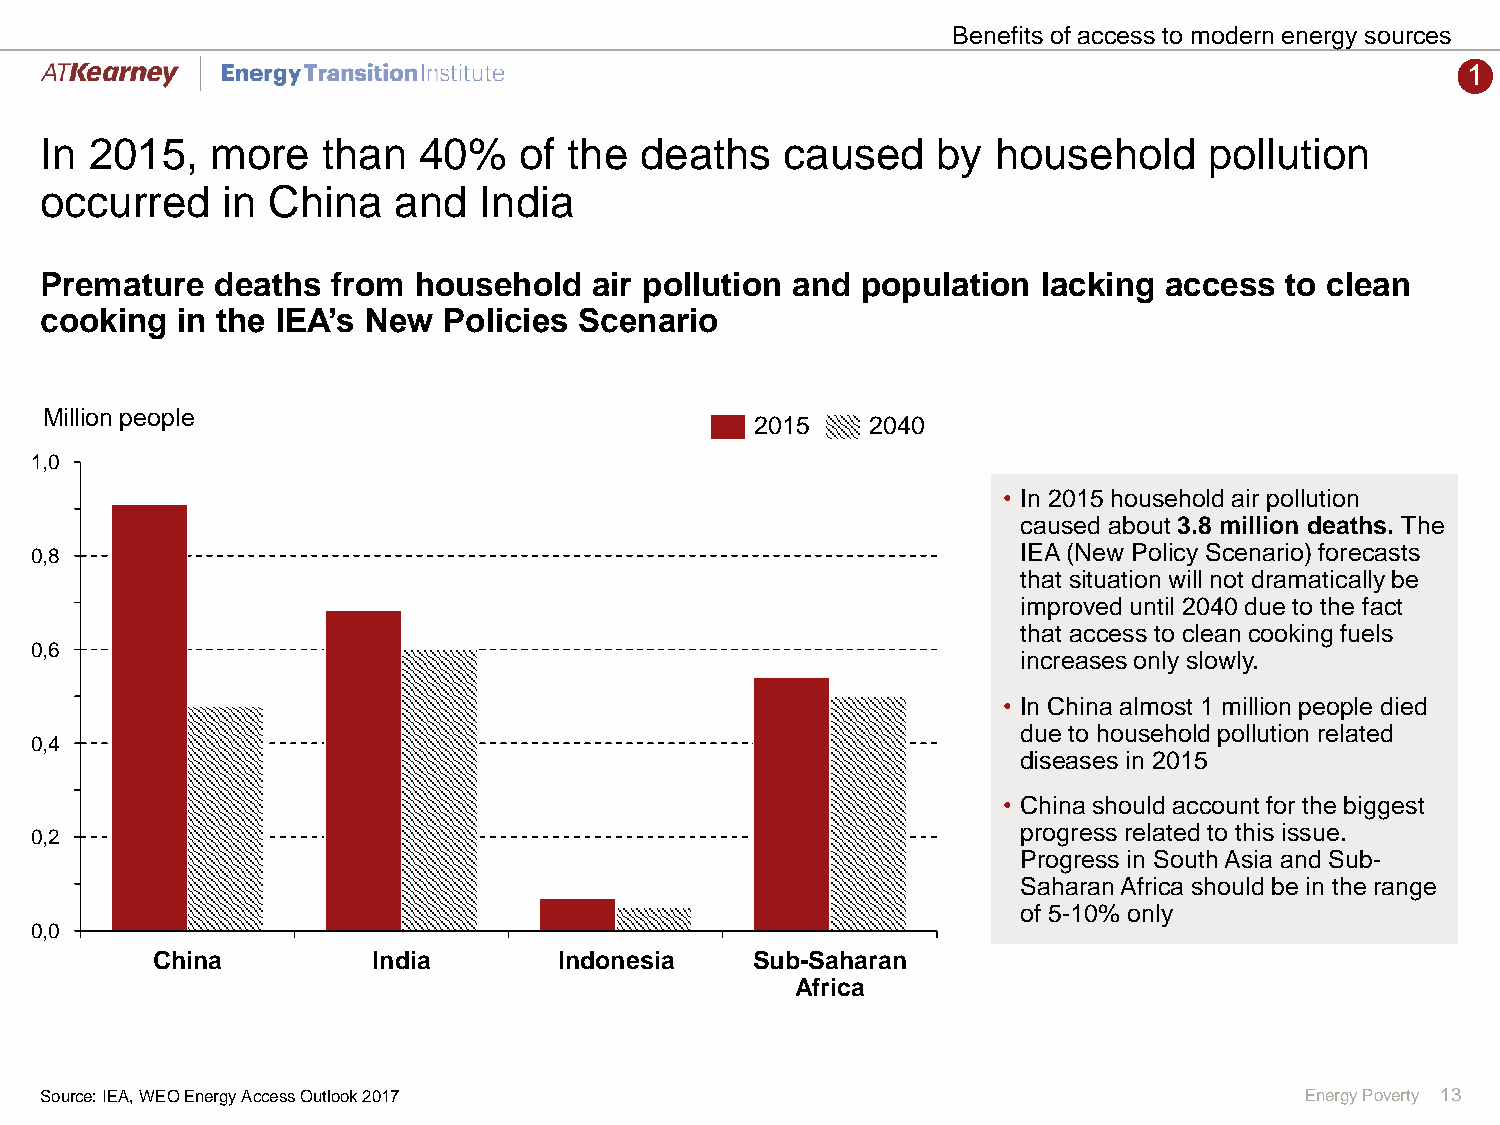
Benefits of access to modern energy sources
 1
 In 2015,   more   than   40%   of  the deaths    caused    by  household     pollution
 occurred    in China   and   India
 Premature  deaths  from household   air pollution and population  lacking access  to clean
 cooking  in the IEA’s New Policies Scenario
 Million people
 2015    2040
 1,0
 • In 2015 household air pollution
 caused about 3.8 million deaths. The
 0,8                                                               IEA (New Policy Scenario) forecasts
 that situation will not dramatically be
 improved until 2040 due to the fact
 that access to clean cooking fuels
 0,6
 increases only slowly.
 • In China almost 1 million people died
 due to household pollution related
 0,4
 diseases in 2015
 • China should account for the biggest
 progress related to this issue.
 0,2
 Progress in South Asia and Sub-
 Saharan Africa should be in the range
 of 5-10% only
 0,0
 China          India       Indonesia    Sub-Saharan
 Africa
 Source: IEA, WEO Energy Access Outlook 2017                                        Energy Poverty 13